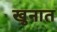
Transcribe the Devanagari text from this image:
खुनात